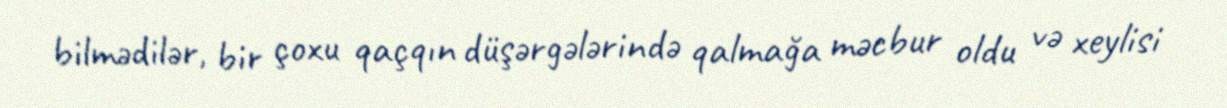
bilmədilər, bir çoxu qaçqın düşərgələrində qalmağa məcbur oldu və xeylisi